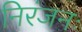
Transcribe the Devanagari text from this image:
निरंजनः